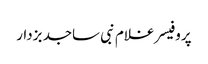
پروفیسر غلام نبی ساجد بزدار